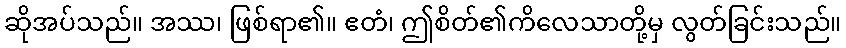
ဆိုအပ်သည်။ အဿ၊ ဖြစ်ရာ၏။ ဧတံ၊ ဤစိတ်၏ကိလေသာတို့မှ လွတ်ခြင်းသည်။